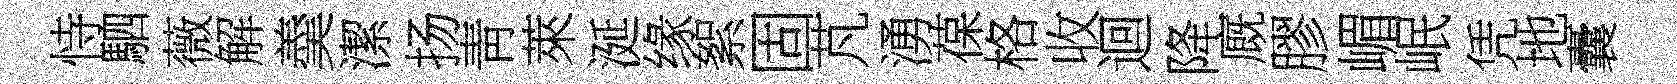
恃駟薇解羮潔扬靑萊涎缘絮固芃湧葆格收迴降廐膠嵋岷凭地囊